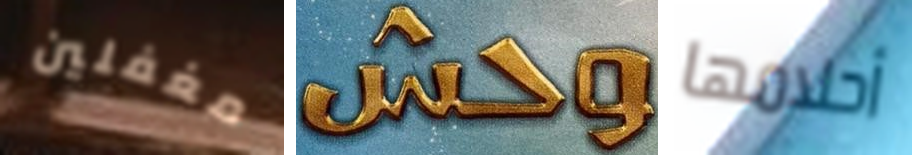
مغفلين وحش أحلامها